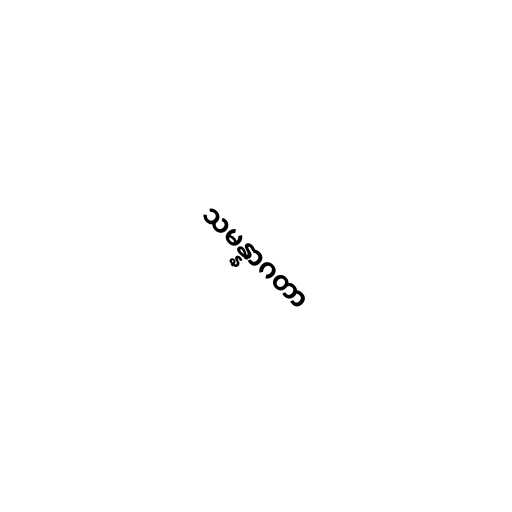
သမန္နာဂတာ